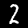
Label: 2